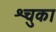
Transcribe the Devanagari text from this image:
श्चुका